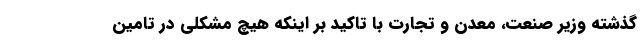
گذشته وزیر صنعت، معدن و تجارت با تاکید بر اینکه هیچ مشکلی در تامین